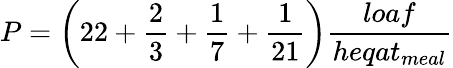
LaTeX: P={\bigg(}22+{\frac{2}{3}}+{\frac{1}{7}}+{\frac{1}{21}}{\bigg)}{\frac{loaf}{heqat_{meal}}}